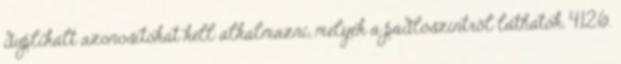
duplikált azonosítókat kell alkalmazni, melyek a padlószintrõl láthatók. 4.12.6.